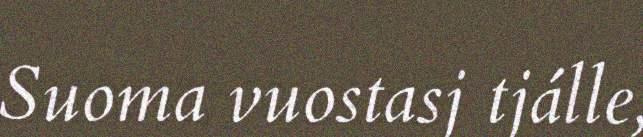
Suoma vuostasj tjálle,